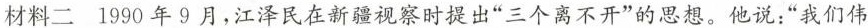
材料二 1990年9月，江泽民在新疆视察时提出”三个离不开”的思想。他说：”我们伟